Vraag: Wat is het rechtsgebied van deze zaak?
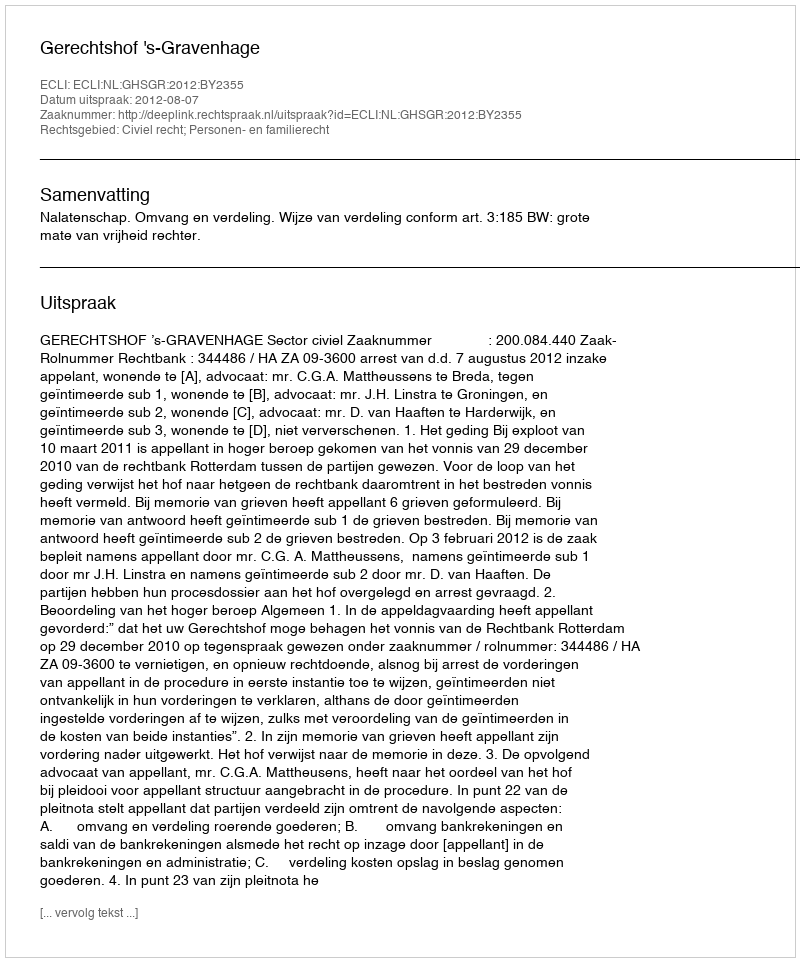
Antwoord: Civiel recht; Personen- en familierecht